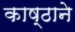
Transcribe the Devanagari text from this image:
काष्ठाने